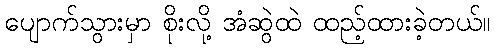
ပျောက်သွားမှာ စိုးလို့ အံဆွဲထဲ ထည့်ထားခဲ့တယ်။